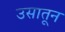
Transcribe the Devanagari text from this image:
उसातून